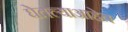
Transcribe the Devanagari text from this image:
घेतल्याआहेत